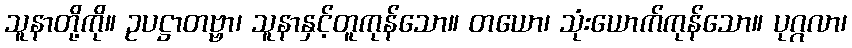
သူနာတို့ကို။ ဥပဋ္ဌာတဗ္ဗာ၊ သူနာနှင့်တူကုန်သော။ တယော၊ သုံးယောက်ကုန်သော။ ပုဂ္ဂလာ၊